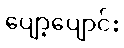
ပျော့ပျောင်း